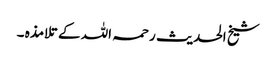
شیخ الحدیث رحمہ اللہ کے تلامذہ ۔